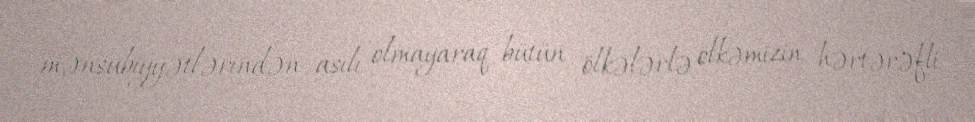
mənsubiyyətlərindən asılı olmayaraq bütün ölkələrlə ölkəmizin hərtərəfli